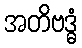
အတိဗဒ္ဓံ